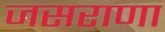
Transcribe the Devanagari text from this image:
जसराणा